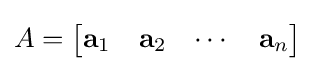
{\textstyle A={\begin{bmatrix}\mathbf {a} _{1}&\mathbf {a} _{2}&\cdots &\mathbf {a} _{n}\end{bmatrix}}}